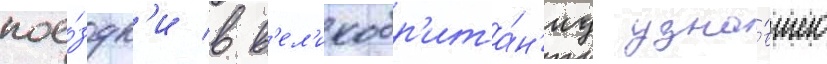
пое́здк'и в в'ел'икобр'ита́н'иу узна́вшего